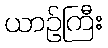
ယာဉ်ကြီး